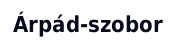
Árpád-szobor